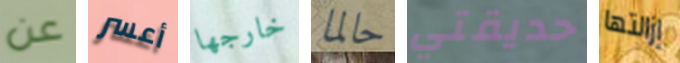
عن أعسر خارجها حالما حديقتي إزالتها